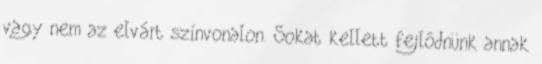
vagy nem az elvárt színvonalon. Sokat kellett fejlôdnünk annak